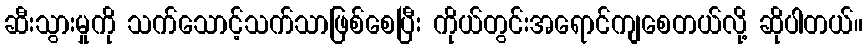
ဆီးသွားမှုကို သက်သောင့်သက်သာဖြစ်စေပြီး ကိုယ်တွင်းအရောင်ကျစေတယ်လို့ ဆိုပါတယ်။